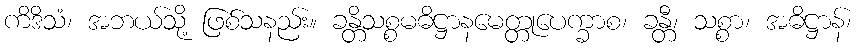
ကိဒိသံ၊ အဘယ်သို့ ဖြစ်သနည်း။ ခန္တိသစ္စမဓိဋ္ဌာနမေတ္တုပေက္ခာစ၊ ခန္တီ၊ သစ္စာ၊ အဓိဋ္ဌာန်၊